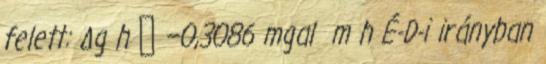
felett: Δg h ≅ −0,3086 mgal m h É-D-i irányban